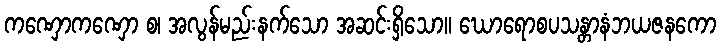
ကဏှောကဏှော စ၊ အလွန်မည်းနက်သော အဆင်းရှိသော။ ဃောရောစပသန္တာနံဘယဇနကော